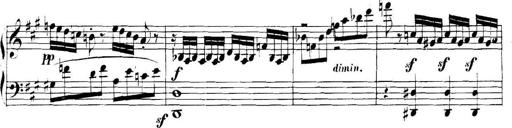
Title: Collected Piano Sonatas
Composer: Muzio Clementi